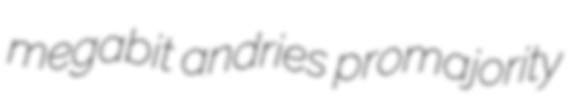
megabit andries promajority